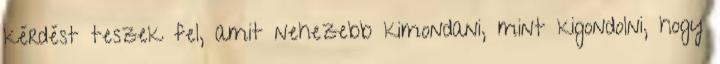
kérdést teszek fel, amit nehezebb kimondani, mint kigondolni, hogy